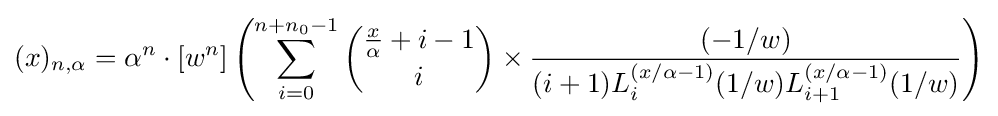
(x)_{n,\alpha }=\alpha ^{n}\cdot [w^{n}]\left(\sum _{i=0}^{n+n_{0}-1}{\binom {{\frac {x}{\alpha }}+i-1}{i}}\times {\frac {(-1/w)}{(i+1)L_{i}^{(x/\alpha -1)}(1/w)L_{i+1}^{(x/\alpha -1)}(1/w)}}\right)